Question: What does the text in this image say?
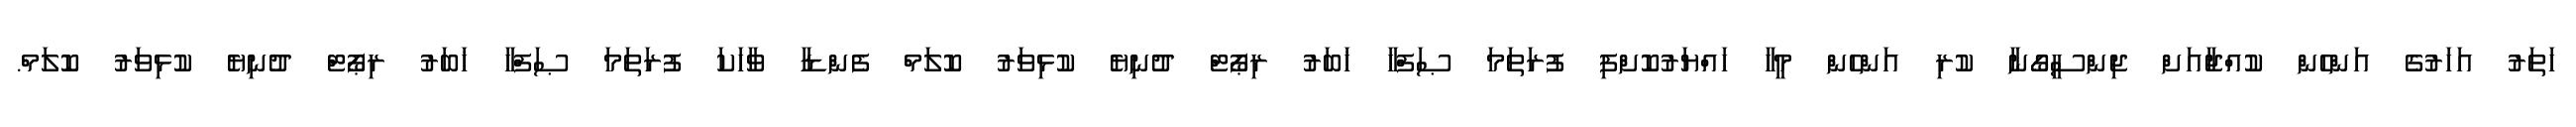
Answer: ހަތަރު އަހަރުގެ އަންހެން ކުއްޖާއަށް ޖިންސީގޯނާ ކުރި އަންހެން މީހާ ހައްޔަރުކޮށްފި ފުރަތަމަ ޞަފްހާ ޚަބަރު ރިޕޯޓް ދުނިޔެ ކުޅިވަރު ކޮލަމް ފެންޑާ ވާހަކަ ފުރަތަމަ ޞަފްހާ ޚަބަރު ރިޕޯޓް ދުނިޔެ ކުޅިވަރު ކޮލަމް.